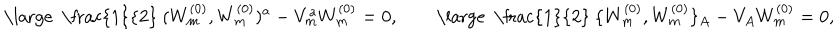
\mathrm { \large ~ \frac { 1 } { 2 } ~ } ( W _ { m } ^ { ( 0 ) } , W _ { m } ^ { ( 0 ) } ) ^ { a } - V _ { m } ^ { a } W _ { m } ^ { ( 0 ) } = 0 , \qquad \mathrm { \large ~ \frac { 1 } { 2 } ~ } \{ W _ { m } ^ { ( 0 ) } , W _ { m } ^ { ( 0 ) } \} _ { A } - V _ { A } W _ { m } ^ { ( 0 ) } = 0 ,